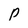
Character: p